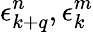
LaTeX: \epsilon_{k+q}^{n},\epsilon_{k}^{m}